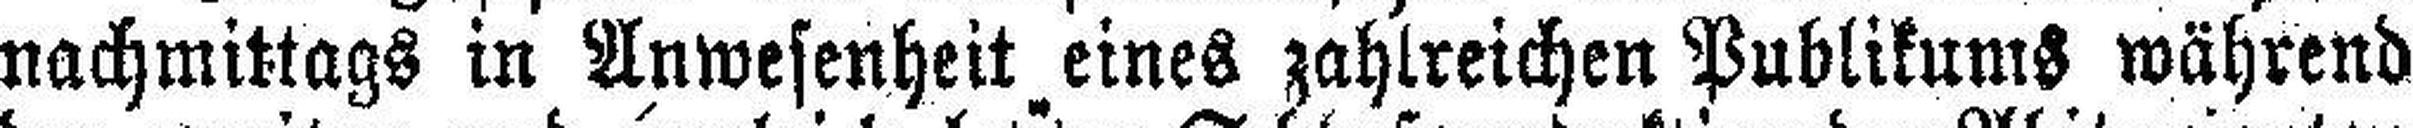
nachmittags in Anwesenheit, eines zahlreichen Publikums während